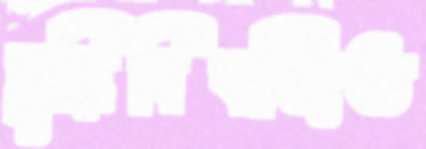
বুদ্ধিবিবর্জিত